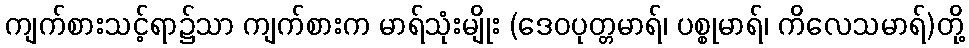
ကျက်စားသင့်ရာ၌သာ ကျက်စားက မာရ်သုံးမျိုး (ဒေဝပုတ္တမာရ်၊ ပစ္စုမာရ်၊ ကိလေသမာရ်)တို့